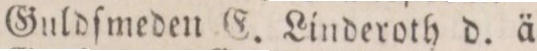
Guldſmeden E. Linderoth d. ä.